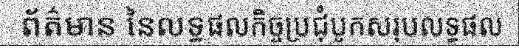
ព័ត៌មាន នៃលទ្ធផលកិច្ចប្រជុំបូកសរុបលទ្ធផល